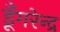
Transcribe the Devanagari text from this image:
डूँगरेन्द्र